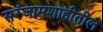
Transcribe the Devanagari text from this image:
सरंजामशाहीतील